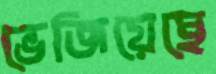
ভেজিয়েছে